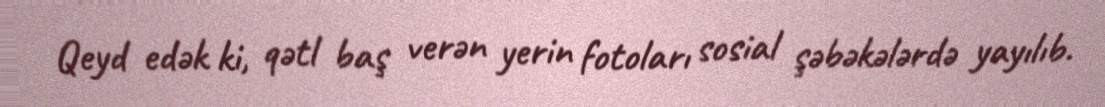
Qeyd edək ki, qətl baş verən yerin fotoları sosial şəbəkələrdə yayılıb.